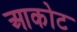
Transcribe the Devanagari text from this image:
आकोट